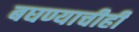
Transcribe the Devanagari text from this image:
बघण्याचीही